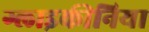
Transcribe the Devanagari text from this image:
ग्लाइकीनिया